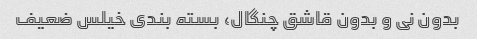
بدون نی و بدون قاشق چنگال، بسته بندی خیلس ضعیف